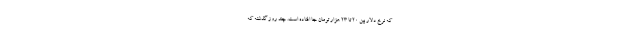
که نرخ دلار بین 20 تا 23 هزار تومان جا افتاده است. چند روز گذشته که